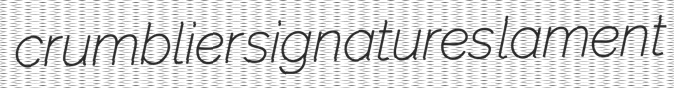
crumblier signatures lament